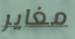
مغاير